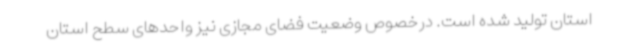
استان تولید شده است. درخصوص وضعیت فضای مجازی نیز واحدهای سطح استان